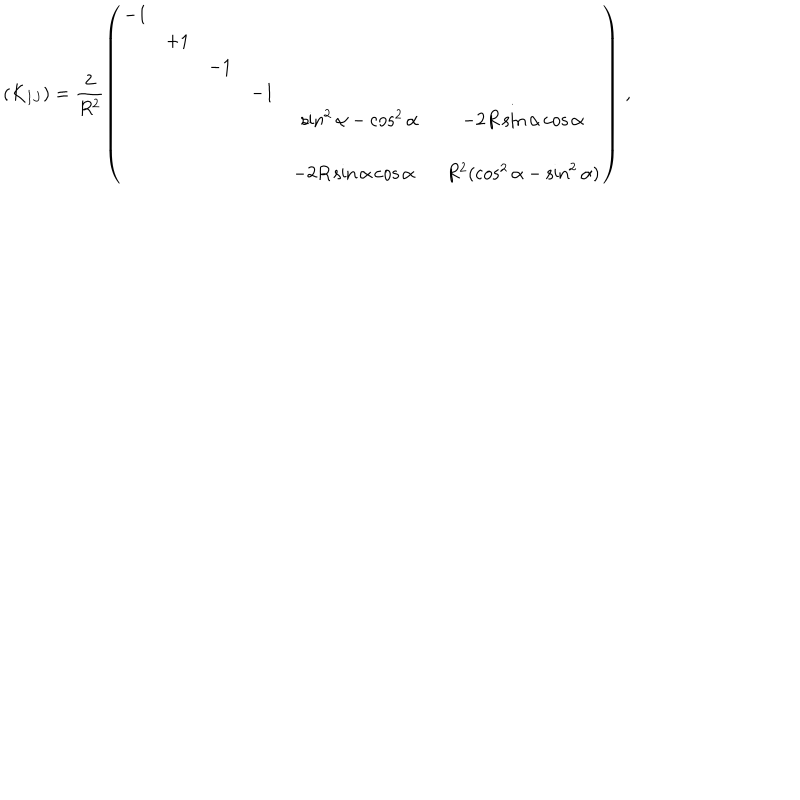
( K _ { I J } ) = \frac { 2 } { R ^ { 2 } } \left( \begin{array} { c c c c c c } { { - 1 } } & { { } } & { { } } & { { } } & { { } } & { { } } \\ { { } } & { { + 1 } } & { { } } & { { } } & { { } } & { { } } \\ { { } } & { { } } & { { - 1 } } & { { } } & { { } } & { { } } \\ { { } } & { { } } & { { } } & { { - 1 } } & { { } } & { { } } \\ { { } } & { { } } & { { } } & { { } } & { { \sin ^ { 2 } { \alpha } - \cos ^ { 2 } { \alpha } } } & { { - 2 R \sin { \alpha } \cos { \alpha } } } \\ { { } } & { { } } & { { } } & { { } } & { { } } & { { } } \\ { { } } & { { } } & { { } } & { { } } & { { - 2 R \sin { \alpha } \cos { \alpha } \, \, \, \, } } & { { R ^ { 2 } ( \cos ^ { 2 } { \alpha } - \sin ^ { 2 } { \alpha } ) } } \\ \end{array} \right) \, ,